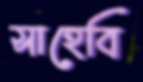
সাহেবি